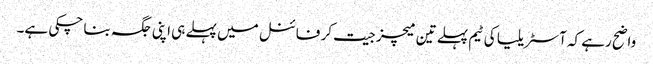
واضح رہے کہ آسٹریلیا کی ٹیم پہلے تین میچز جیت کر فائنل میں پہلے ہی اپنی جگہ بنا چکی ہے۔